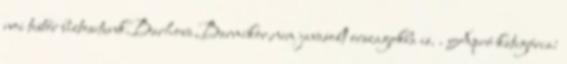
noi testőr biztositunk.Barhova,Barmikor,nem javasolt orszagokba is. . Apró kategória: